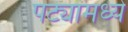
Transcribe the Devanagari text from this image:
पट्यांमध्ये